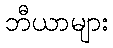
ဘီယာများ